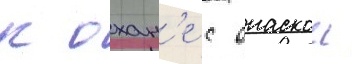
к охан'е с опаскои